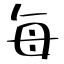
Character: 每